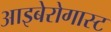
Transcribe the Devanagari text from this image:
आइबेरोगास्ट